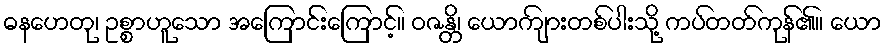
ဓနဟေတု၊ ဥစ္စာဟူသော အကြောင်းကြောင့်။ ဝဇန္တိ၊ ယောကျ်ားတစ်ပါးသို့ ကပ်တတ်ကုန်၏။ ယော